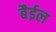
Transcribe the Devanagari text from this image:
बैईल